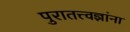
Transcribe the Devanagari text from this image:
पुरातत्त्वज्ञांना